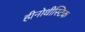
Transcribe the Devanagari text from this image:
हीनोथीस्टिक